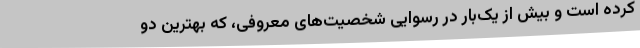
کرده است و بیش از یک‌بار در رسوایی شخصیت‌های معروفی، که بهترین دو